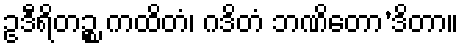
ဥဒီရိတဉ္စ ကထိတံ၊ ဂဒိတံ ဘဏိတော’ဒိတာ။